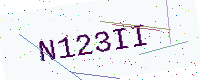
Text: N123II